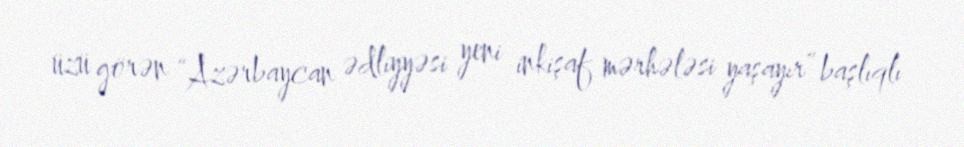
üzü görən “Azərbaycan ədliyyəsi yeni inkişaf mərhələsi yaşayır” başlıqlı